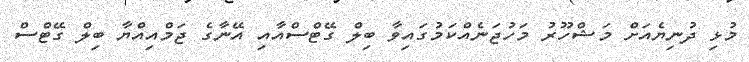
މުޅި ދުނިޔެއަށް މަޝްހޫރު މަހުޖަނެއްކަމުގައިވާ ބިލް ގޭޓްސްއާއި އޭނާގެ ޖަމްއިއްޔާ ބިލް ގޭޓްސް